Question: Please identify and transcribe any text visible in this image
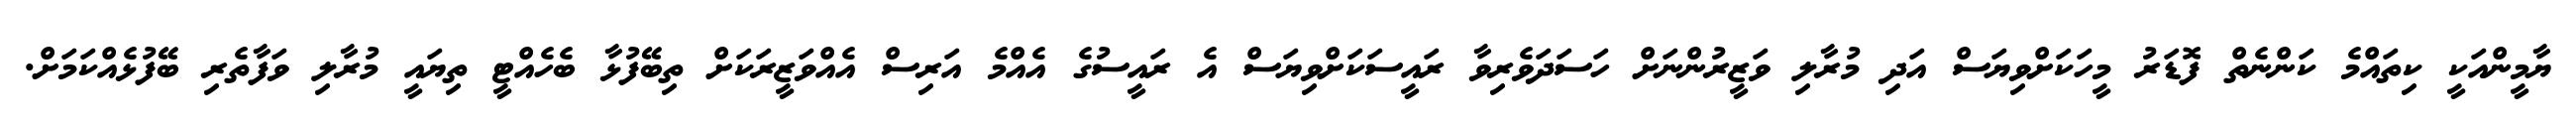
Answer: ޔާމީންއަކީ ކިތައްމެ ކަންނެތް ފޮޑަރު މީހަކަށްވިޔަސް އަދި މުރާލި ވަޒީރުންނަށް ހަސަދަވެރިވާ ރައީސަކަށްވިޔަސް އެ ރައީސުގެ އެއްމެ އަރިސް އެއްވަޒީރަކަށް ތިބޭފުޅާ ބެހެއްޓީ ތިޔައީ މުރާލި ވަފާތެރި ބޭފުޅެއްކަމަށް.